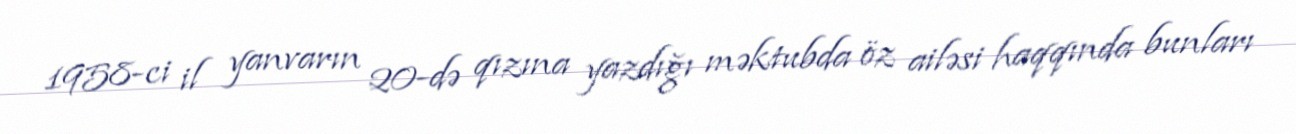
1958-ci il yanvarın 20-də qızına yazdığı məktubda öz ailəsi haqqında bunları